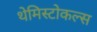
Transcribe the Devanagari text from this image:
थेमिस्टोकल्स